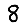
Digit: 8